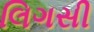
લિગસી